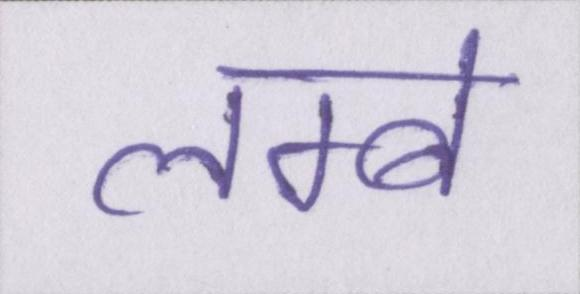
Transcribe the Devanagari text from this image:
लम्बे